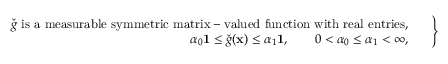
\left. \begin{array} { r l } { \check { g } \mathrm { ~ i s ~ a ~ m e a s u r a b l e ~ s y m m e t r i c ~ m a t r i x - v a l u e d ~ f u n c t i o n ~ w i t h ~ r e a l ~ e n t r i e s , } } & { } \\ { \alpha _ { 0 } \mathbf { 1 } \le \check { g } ( \mathbf { x } ) \le \alpha _ { 1 } \mathbf { 1 } , \qquad 0 < \alpha _ { 0 } \le \alpha _ { 1 } < \infty , } & { } \end{array} \; \right\rbrace